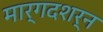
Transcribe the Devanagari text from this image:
मार्गदशर्न